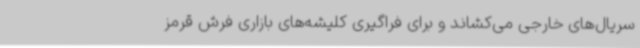
سریال‌های خارجی می‌کشاند و برای فراگیری کلیشه‌های بازاری فرش قرمز